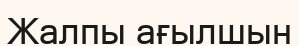
Жалпы ағылшын